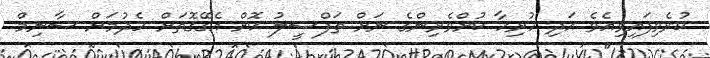
ކުރެވިފައިވިއެވެ އަދި ހުރިހާ ކުށްވެރިންގެ ނަށް ތަފްސީލު ކޮށް އެގޭގޮތަށް ހެދުމަށް ސާނިމް